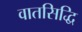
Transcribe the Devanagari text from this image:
वातसिद्धि